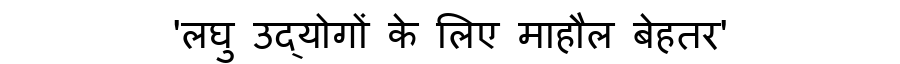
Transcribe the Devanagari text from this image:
'लघु उद्योगों के लिए माहौल बेहतर'